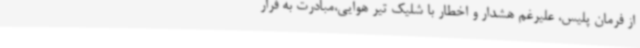
از فرمان پلیس، علیرغم هشدار و اخطار با شلیک تیر هوایی،مبادرت به فرار